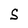
Character: S